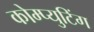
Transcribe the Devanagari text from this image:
कोम्प्युटिंग